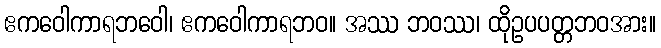
ဧကဝေါကာရဘဝေါ၊ ဧကဝေါကာရဘဝ။ အဿ ဘဝဿ၊ ထိုဥပပတ္တဘဝအား။